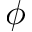
\phi